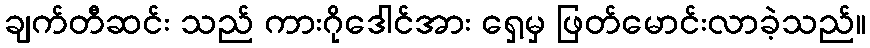
ချက်တီဆင်း သည် ကားဂိုဒေါင်အား ရှေ့မှ ဖြတ်မောင်းလာခဲ့သည်။